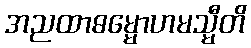
အညထာဓမ္မောဟမသ္မီတိ